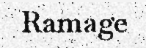
Ramage